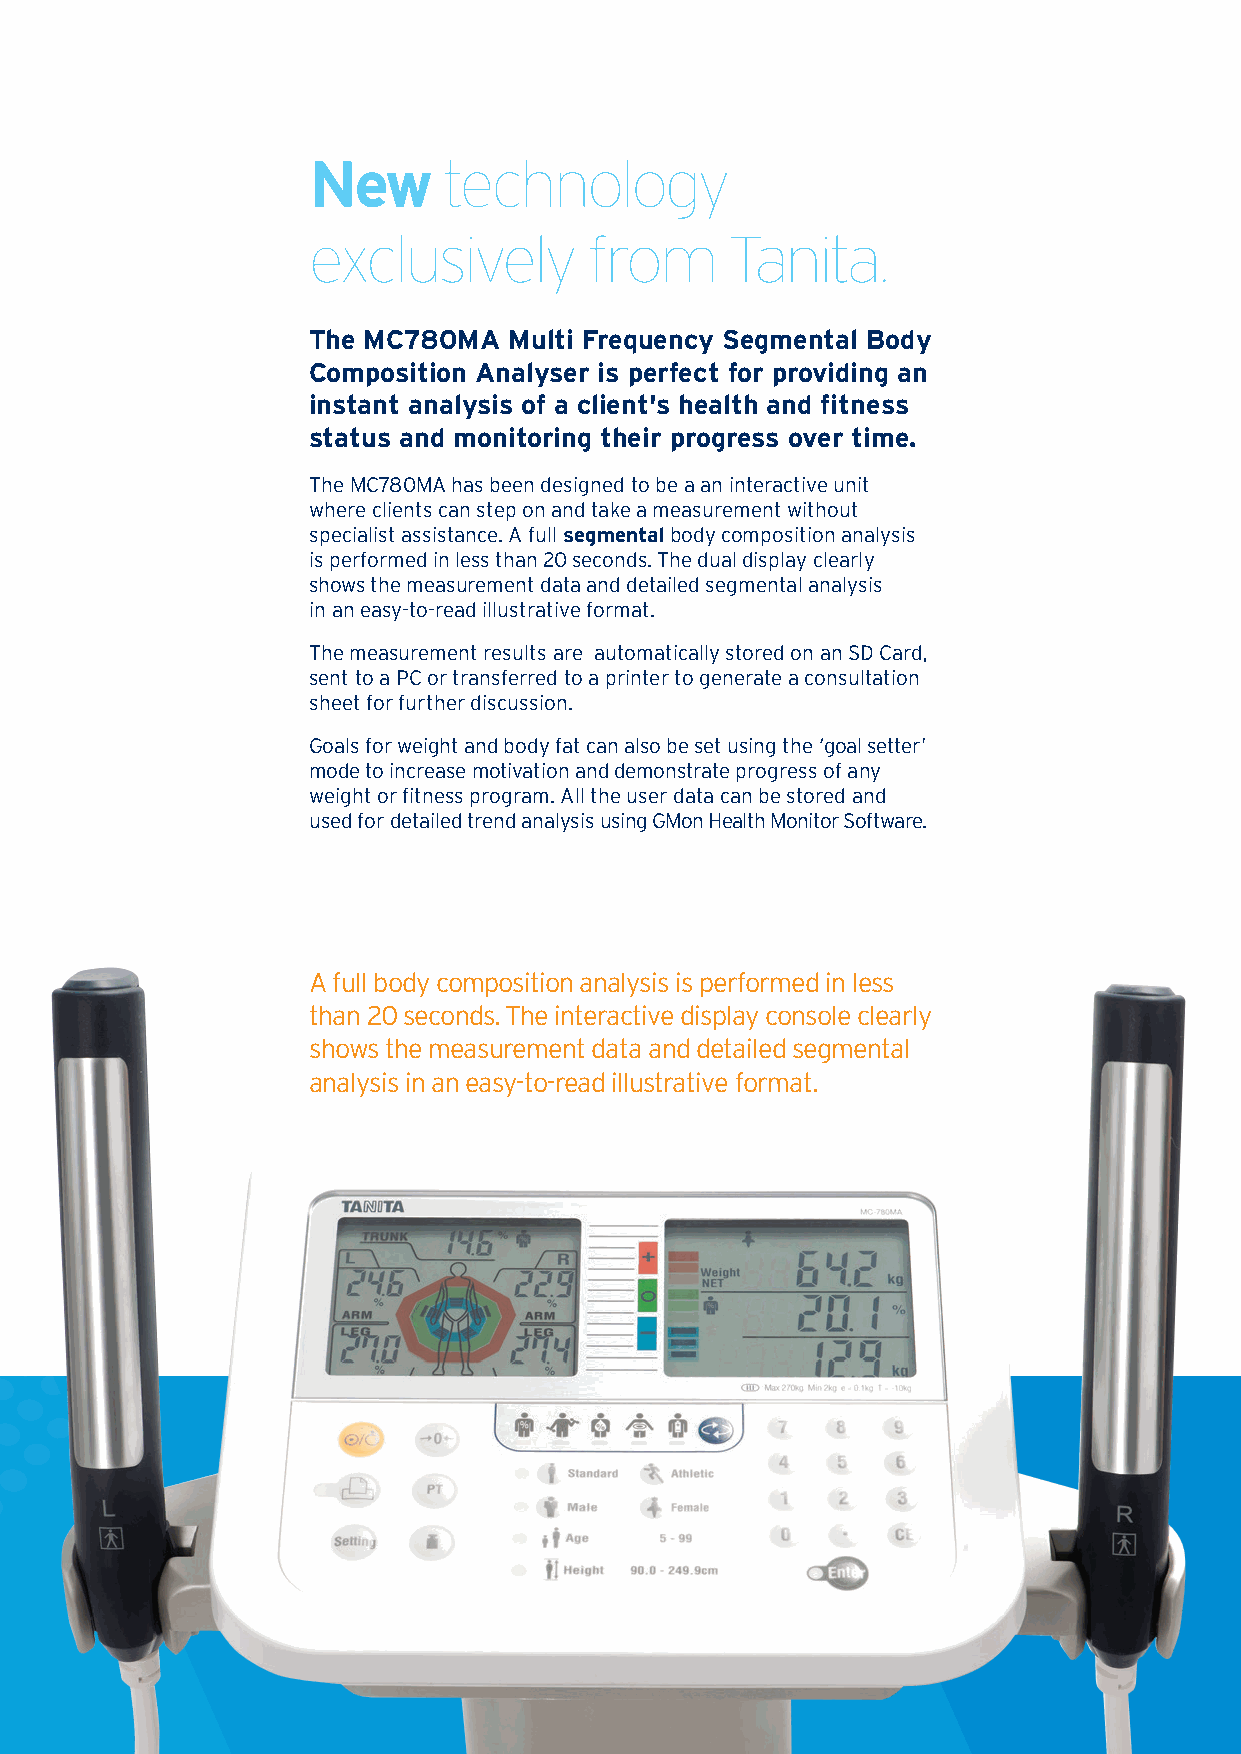
New      technology
 exclusively        from     Tanita.
 The MC780MA   Multi Frequency Segmental Body
 Composition Analyser is perfect for providing an
 instant analysis of a client's health and fitness
 status and monitoring their progress over time.
 The MC780MA has been designed to be a an interactive unit
 where clients can step on and take a measurement without
 specialist assistance. A full segmentalbody composition analysis
 is performed in less than 20 seconds. The dual display clearly
 shows the measurement data and detailedsegmental analysis
 in an easy-to-read illustrative format.
 The measurement results are automatically stored on an SD Card,
 sent to a PC or transferred to a printer to generate a consultation
 sheet for further discussion.
 Goals for weight and body fat can also be set using the ‘goal setter’
 mode to increase motivation and demonstrateprogress of any
 weight or fitness program. All the user data can be stored and
 used for detailed trend analysis using GMon Health Monitor Software.
 A full body composition analysis is performed in less
 than 20 seconds. The interactive display console clearly
 shows the measurement data and detailed segmental
 analysis in an easy-to-read illustrative format.